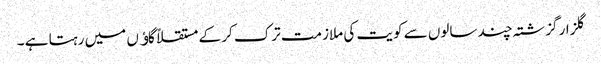
گلزار گزشتہ چند سالوں سے کویت کی ملازمت ترک کر کے مستقلاً گاﺅں میں رہتا ہے ۔